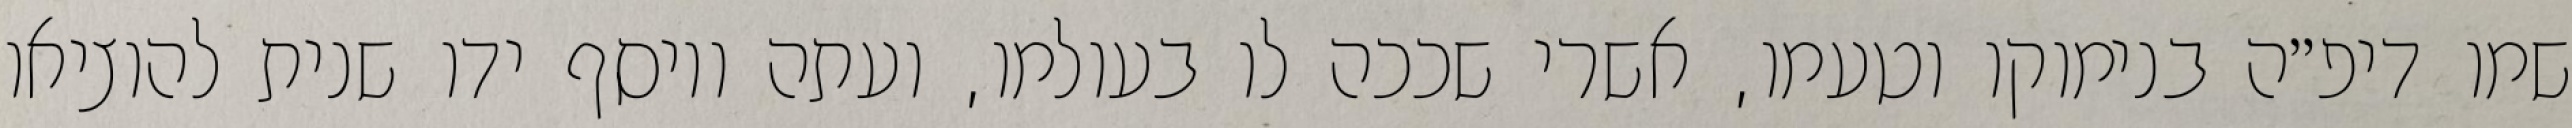
שמו דיפ״ה בנימוקו וטעמו, אשרי שככה לו בעולמו, ועתה ויוסף ידו שנית להוציאו